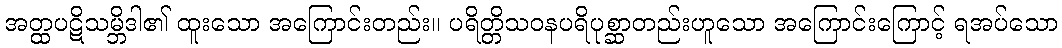
အတ္ထပဋိသမ္ဘိဒါ၏ ထူးသော အကြောင်းတည်း။ ပရိတ္တိသဝနပရိပုစ္ဆာတည်းဟူသော အကြောင်းကြောင့် ရအပ်သော